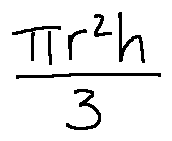
\frac { \pi r ^ { 2 } h } { 3 }